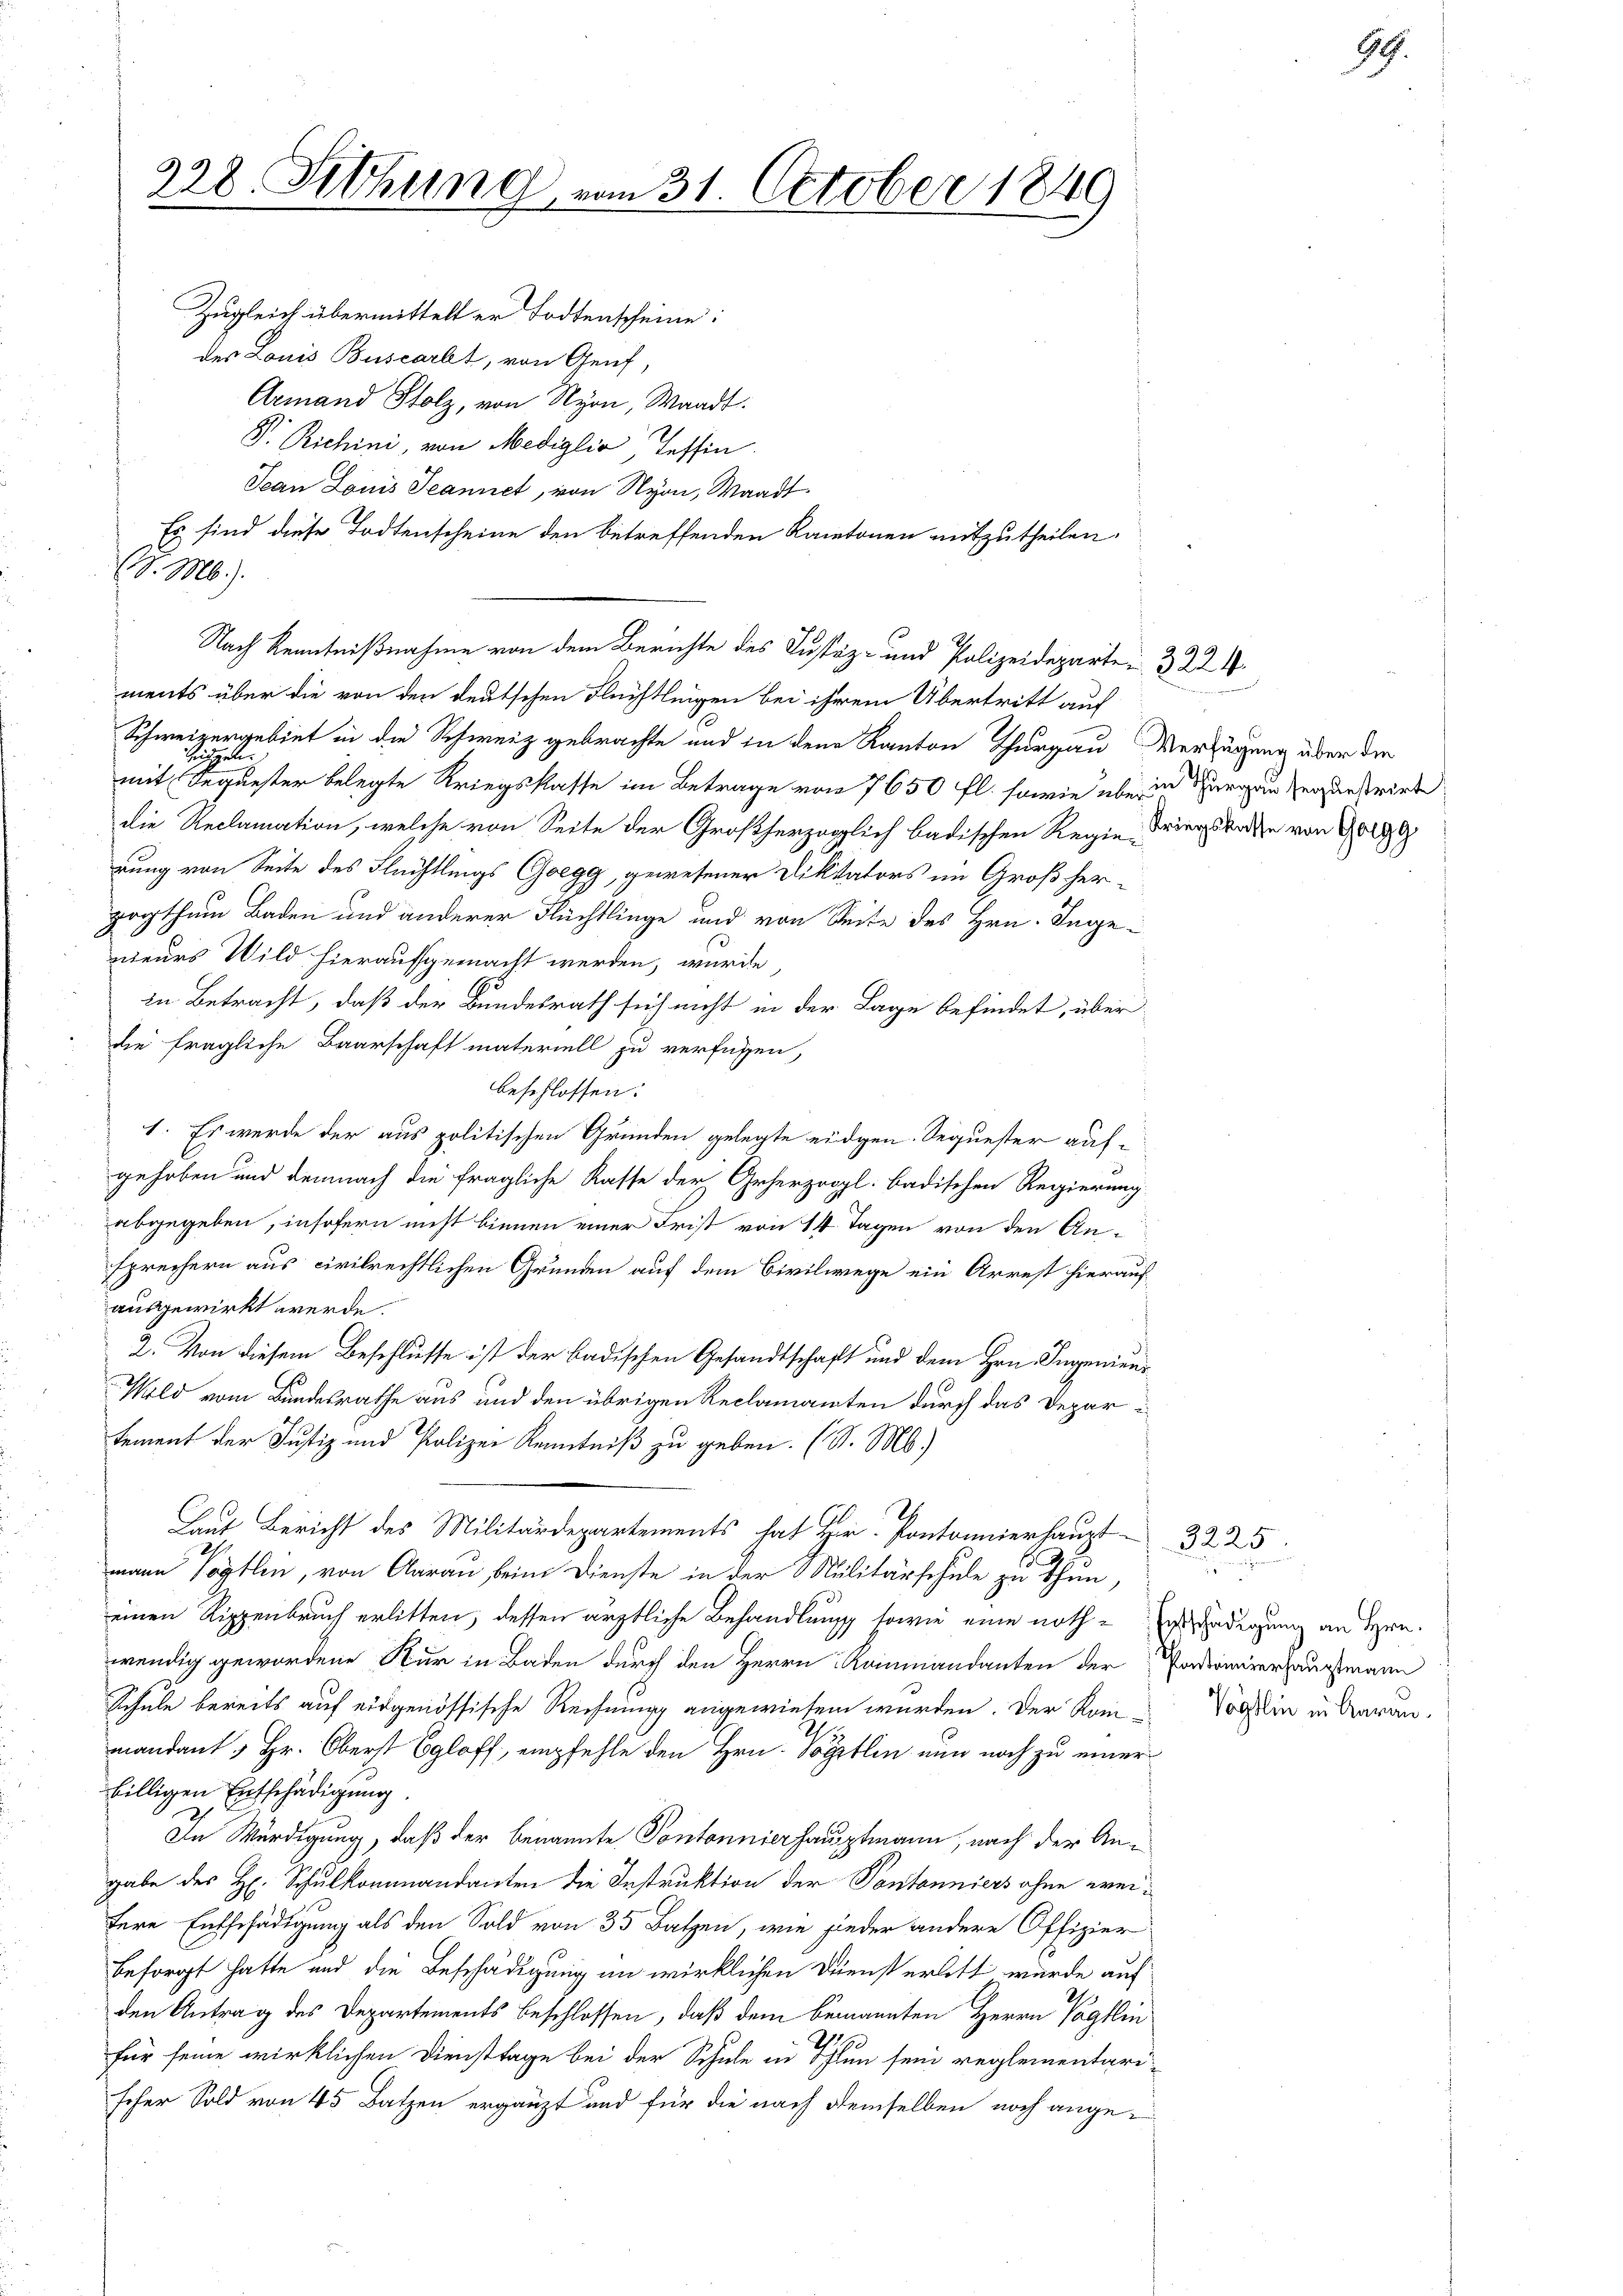
. M.

228. Sitzung, von 31. October 1849

Zugleich übermittelt er Todtenscheine:
der Louis Buscarbt, von Genf,
Armand Stolz, von Nyon, Waadt.
V. Richini, von Mediglia, Tessin.
Jean Louis Jeannet, von Nyon, Waadt
Es sind diese Todtenscheine den betreffenden Kantonen mitzutheilen.
ments über die von den deutschen Flüchtlingen bei ihrem Übertritt auf
Schweizergebiet in die Schweiz gebrachte und in den Kanton Thurgau Verfügung über die
Rippel.
mit Sequester belegte Kriegskasse im Betrage von 7650 fl. sowie über
die Reclamation, welche von Seite der Großherzoglich badischen Regie Kriegsrathe von Gol
rung von Seite des Flüchtlings Goegg, gewesener Diktators im Großherzogthum Baden und anderer Flüchtlinge und von Seite des Hrn. Inge-
nieurs Wild hieraufgemacht werden, wurde
in Betracht, daß der Bundesrath sich nicht in der Lage befindet, über
die fragliche Baarschaft materiell zu verfügen,
beschlossen:
1. Es werde der aus politischen Gründen gelegte eidgen. Sequester auf-
gehoben und demnach die fragliche Kasse der Geherzogl. badischen Regierung
abgegeben, insofern nicht bienen einer Frist von 14 Tagen von den Ansprechern aus civilrechtlichen Gründen auf dem Civilwege ein Arrest hierauf
ausgewirkt werde.
2. Von diesem Beschlusse ist der badischen Gesandtschaft und dem Hrn. Ingenien¬
Wild vom Bundesrathe aus und den übrigen Reclamanten durch das Depar u
tement der Justiz und Polizei Kenntniß zu geben. (S. M.)
Laut Bericht des Militärdepartements hat Hr. Pontonnierhaupt 3225.
mann Vögtlin, von Aarau, beim Dienste in der Ralitärschule zu thun,
einen Rippenbruch erlitten, dessen ärztliche Behandlung sowie eine noth- radigung an Hrn.
wendig gewordene Kur in Baden durch den Herrn Kommandanten der Pardiniverhauptmann
Schule bereits auf eidgenössische Rechnung angewiesen wurden. Der Kom-Vögelin in Baran.
mandant, Hr. Oberst Egloff, empfehle den Hrn. Vögtlin nun noch zu einer
billigen Entschädigung.
In Würdigung, daß der benannte Pontonnierhauptmann, nach der Angabe des H. Schulkommandanten die Instruktion der Pontanniers ohne weifere Entschädigung als den Sold von 35 Batzen, wie jeder andere Offizier
besorgt hatte und die Beschädigung im wirklichen Dienst erlitt wurde auf
den Antrag des Departements beschlossen, daß dem bemannten Herrn Vogtlin
für seine wirklichen Diensttage bei der Schule in Thun sein reglementari-
scher Sold von 45 Batzen ergänzt und für die nach demselben noch ange¬

Nach Kenntnißnahme von dem Berichte des Justiz- und Polizeideparte u. 322

in Thurgau sequestrirt

99.